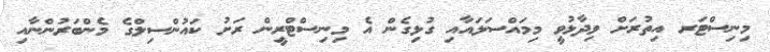
މިނިސްޓަރ އިތުރަށް ވިދާޅުވީ މިމައްސަަލައާއި ގުޅިގެން އެ މިނިސްޓްރީން ރަށު ކައުންސިލްގެ މެންބަރުންނާއި